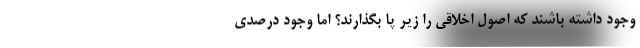
وجود داشته باشند که اصول اخلاقی را زیر پا بگذارند؟ اما وجود درصدی